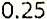
0.25